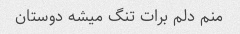
منم دلم برات تنگ میشه دوستان